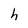
Character: h